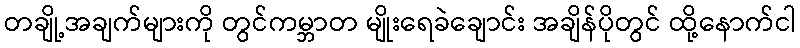
တချို့အချက်များကို တွင်ကမ္ဘာတ မျိုးရေခဲချောင်း အချိန်ပိုတွင် ထို့နောက်ငါ